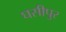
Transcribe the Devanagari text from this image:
घसीपुर